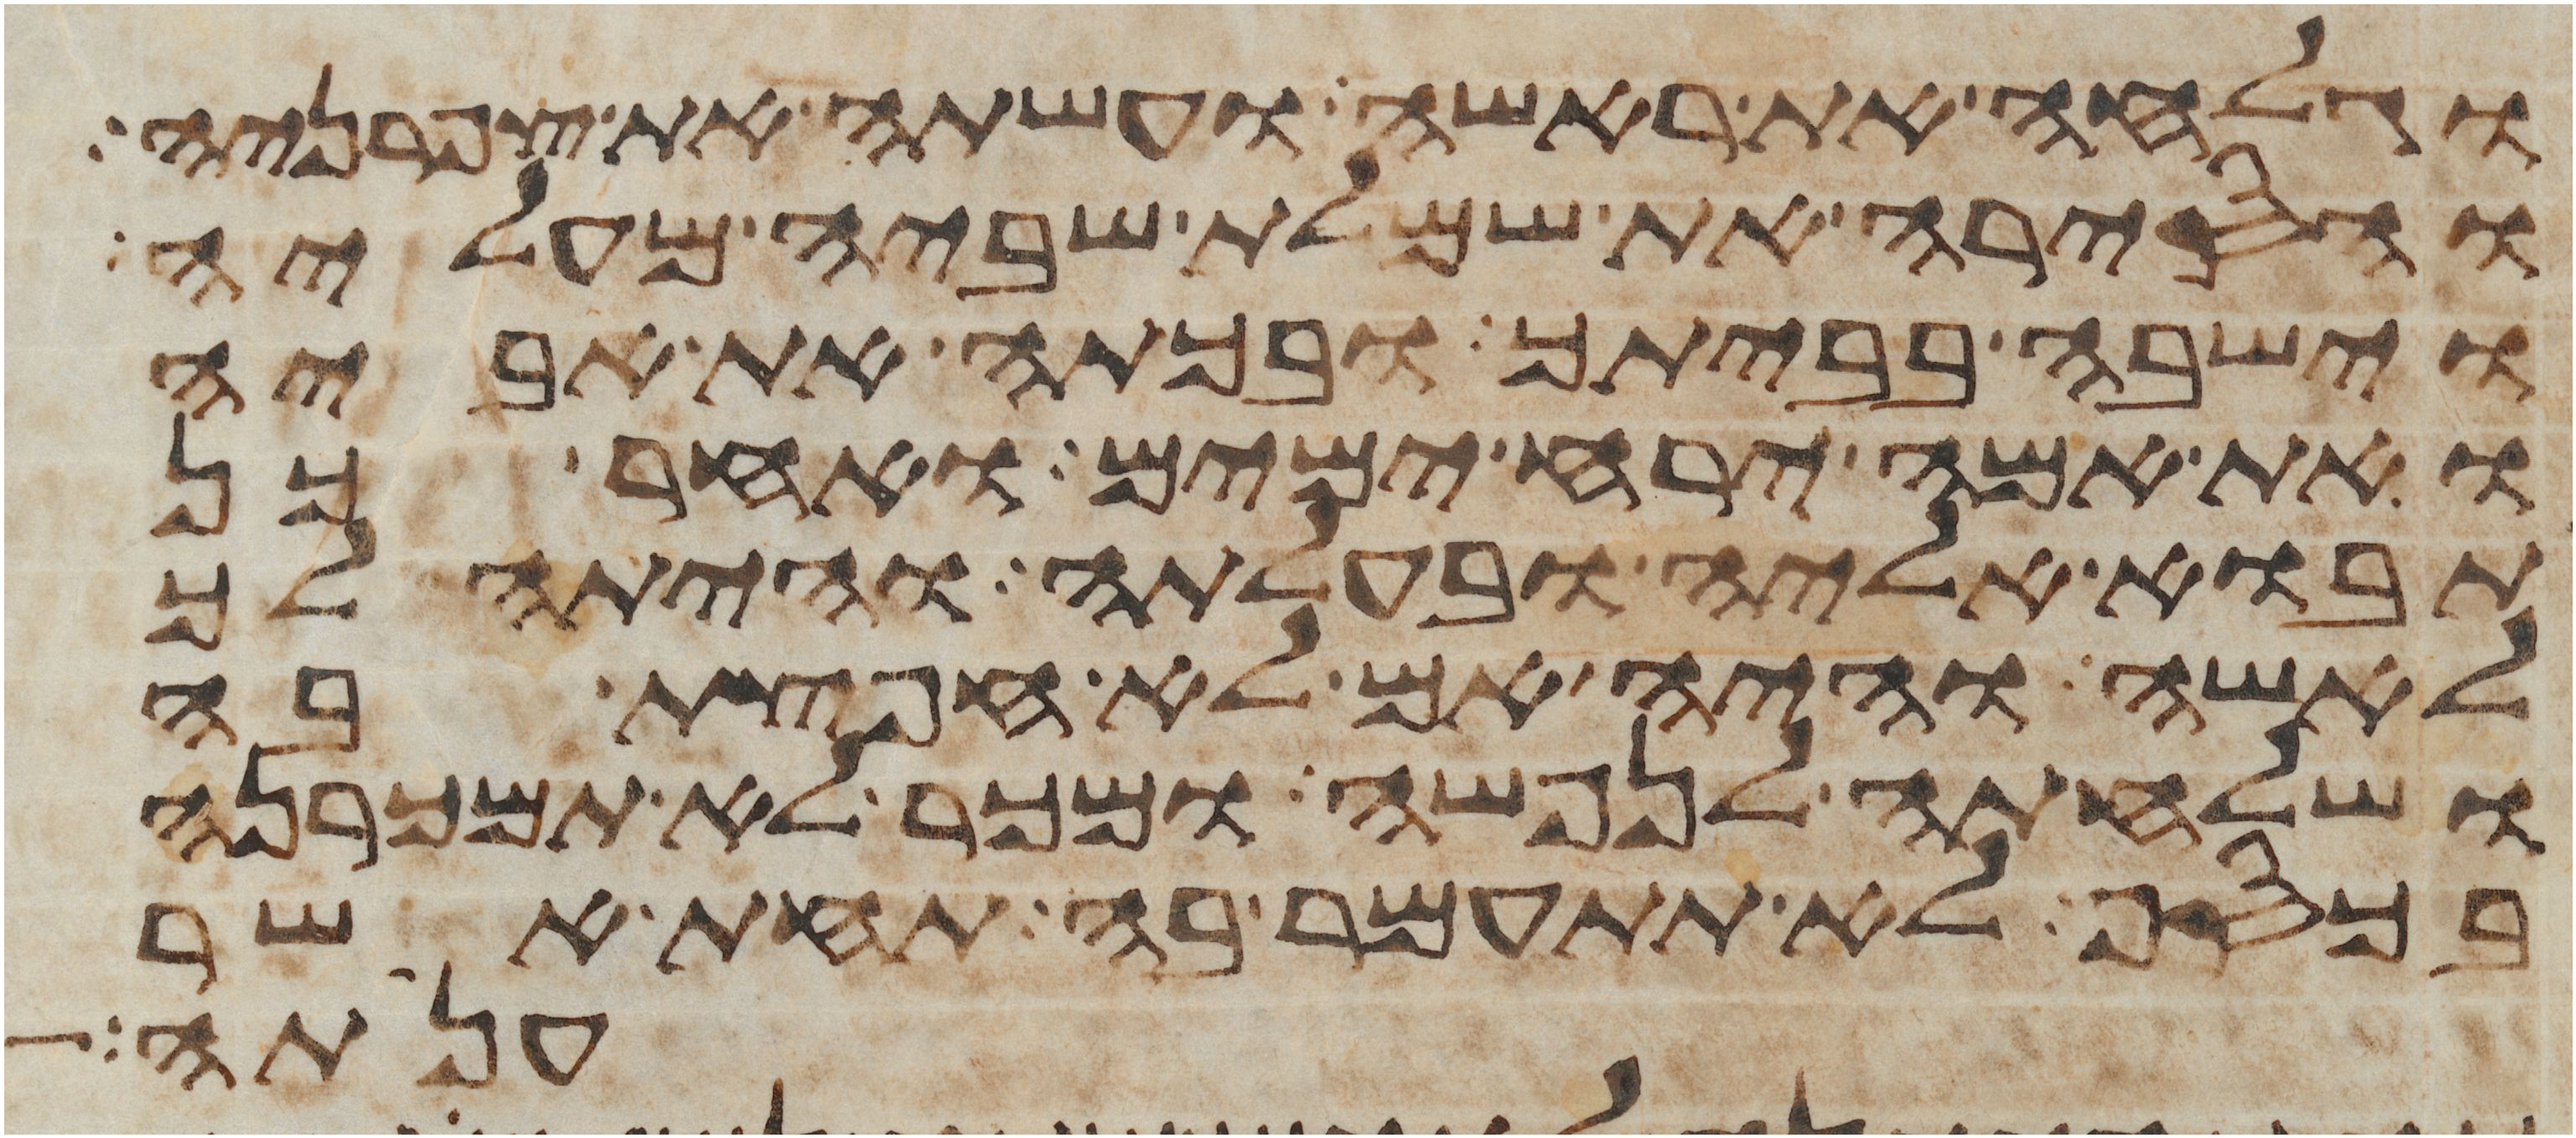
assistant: וגלחה את ראשה ועשתה את צפרניה
והסירה את שמלת שביה מעליה
וישבה בביתך ובכתה את אביה
ואת אמה ירח ימים ואחר כן
תבוא אליה ובעלתה והיתה לך
לאשה והיה אם לא חפצת בה
ושלחתה לנפשה ומכר לא תמכרנה
בכסף לא תתעמר בה תחת אשר
ענתה